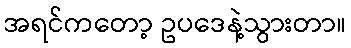
အရင်ကတော့ ဥပဒေနဲ့သွားတာ။